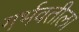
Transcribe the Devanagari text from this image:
गर्भवतीला